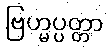
ဗြဟ္မပ္ပတ္တာ